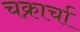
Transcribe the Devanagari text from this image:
चक्रार्चा